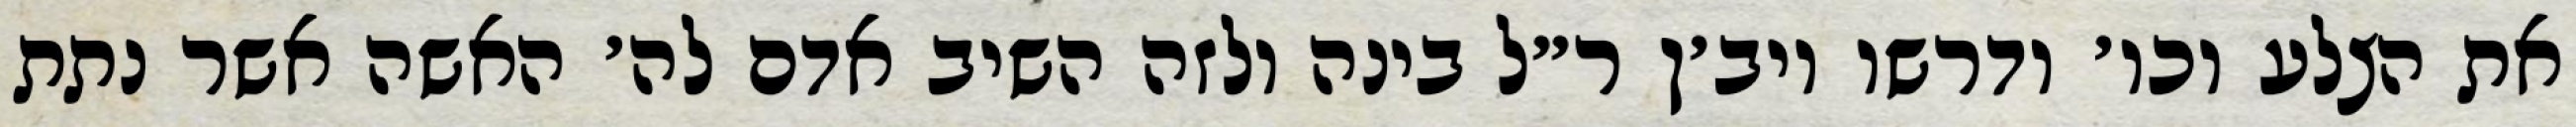
את הצלע וכו׳ ודרשו ויב׳ן ר״ל בינה ולזה השיב אדם לה׳ האשה אשר נתת